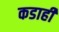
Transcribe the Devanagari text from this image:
कडाही